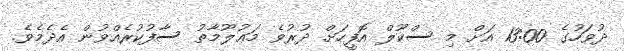
ދުވަހުގެ 13:00 އަށް މި ސްކޫލް އޮފީހަށް ދުރުވެ މަޢުލޫމާތު ސާފުކުރެއްވުން އެދެމެވެ.